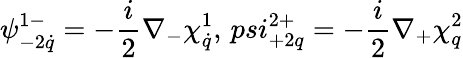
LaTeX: \psi_{-2\dot{q}}^{1-}=-\frac{i}{2}\nabla_{-}\chi_{\dot{q}}^{1},\, psi_{+2q}^{2+}=-\frac{i}{2}\nabla_{+}\chi_{q}^{2}